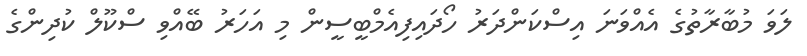
ލަވަ މުބާރާތުގެ އެއްވަނަ އިސްކަންދަރު ހޯދައިފިއެމްބީސީން މި އަހަރު ބޭއްވި ސްކޫލް ކުދިންގެ